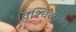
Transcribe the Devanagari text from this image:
वृश्चिकासन